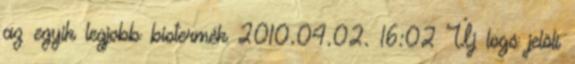
az egyik legjobb biotermék 2010.04.02. 16:02 Új logó jelöli